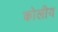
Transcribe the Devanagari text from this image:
कोलीय